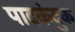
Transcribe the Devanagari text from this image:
पादकंदुक